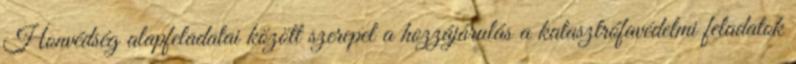
Honvédség alapfeladatai között szerepel a hozzájárulás a katasztrófavédelmi feladatok